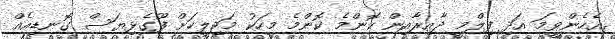
އެހެންވީމަ އަދި ފިލްމީ ދާއިރާއިން ކޮންމެ ކޮންމެ މީހަކު މަޖިލީހަށް ފޫގެޅިޔަސް ގޮނޑިއެއް